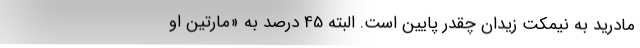
مادرید به نیمکت زیدان چقدر پایین است. البته 45 درصد به «مارتین او